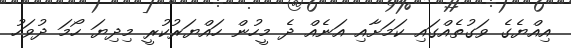
އިއްޔެގެ ވަގުތެއްގައި ކަމަށާއި އަނެއް ދެ މީހުން ހައްޔަރުކުރީ މިދިޔަ ހޯމަ ދުވަހު